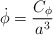
\begin{align*}\dot{\phi} = {C_\phi \over a^3}\end{align*}